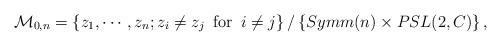
LaTeX: \begin{align*}{\cal M}_{0,n}=\left\{z_1, \cdots ,z_n; z_i \neq z_j \,\,\, \mbox{for} \,\,\, i\neq j\right\}/\left\{Symm(n)\times PSL(2,C)\right\},\end{align*}